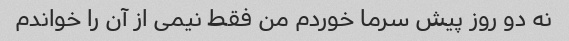
نه دو روز پیش سرما خوردم من فقط نیمی از آن را خواندم